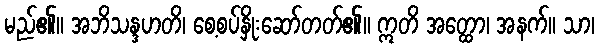
မည်၏။ အဘိသန္ဒဟတိ၊ စေ့စပ်နှိုးဆော်တတ်၏။ ဣတိ အတ္ထော၊ အနက်။ သာ၊